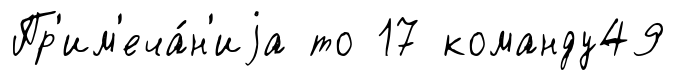
Пр'им'еча́н'иjа то 17 команду49